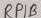
Text: RPIB